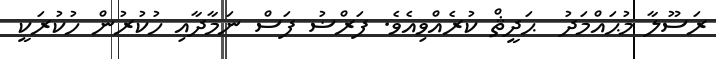
ރަސޫލާ މުޙައްމަދު  ޙަދީޘް ކުރެއްވިއެވެ. ފަރްޟު ފަސް ނަމާދާއި ހުކުރުން ހުކުރަކީ